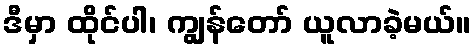
ဒီမှာ ထိုင်ပါ၊ ကျွန်တော် ယူလာခဲ့မယ်။